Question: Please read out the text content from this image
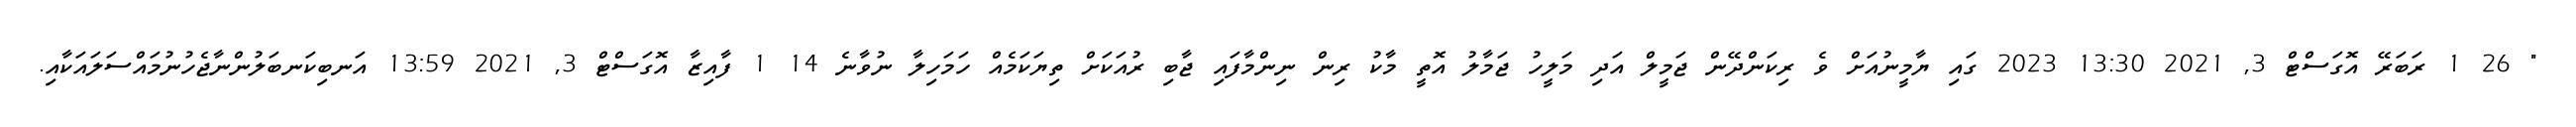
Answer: " 26 1 ރަބަރޭ އޮގަސްޓް 3, 2021 13:30 2023 ގައި ޔާމީނުއަށް ވެ ރިކަންދޭން ޖަމީލް އަދި މަލީހު ޖަމާލު އޮތީ މާކު ރިން ނިންމާފައި ޖާބި ރުއަކަށް ތިޔަކަމެއް ހަމަހިލާ ނުވާނެ 14 1 ފާއިޒާ އޮގަސްޓް 3, 2021 13:59 އަނބިކަނބަލުންނާޖެހުނުމައްސަލައަކާއި.